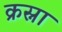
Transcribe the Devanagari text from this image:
क्रस्ना